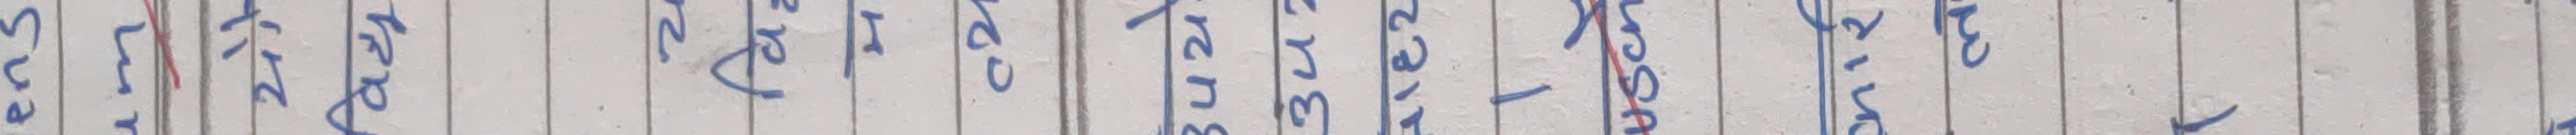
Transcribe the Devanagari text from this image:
सुरेन थापा केरन 312 वसोसन्त आली